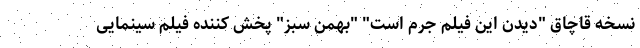
نسخه قاچاق "دیدن این فیلم جرم است" "بهمن سبز" پخش کننده فیلم سینمایی